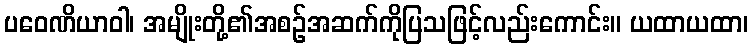
ပဝေဏိယာဝါ၊ အမျိုးတို့၏အစဉ်အဆက်ကိုပြသဖြင့်လည်းကောင်း။ ယထာယထာ၊